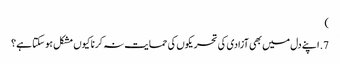
‏)‏
7.‏ اپنے دل میں بھی آزادی کی تحریکوں کی حمایت نہ کرنا کیوں مشکل ہو سکتا ہے؟